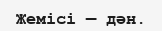
Жемісі — дән.